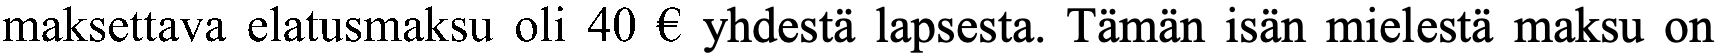
maksettava elatusmaksu oli 40 € yhdestä lapsesta. Tämän isän mielestä maksu on